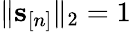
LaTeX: \| \mathbf s_{[n]}\| _{2}=1